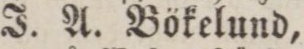
J. A. Bökelund,